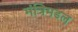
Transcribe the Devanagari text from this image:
मंत्रिमडल